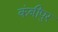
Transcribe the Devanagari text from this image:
कंबीपुर